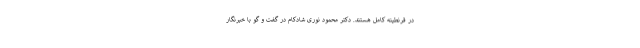
در قرنطینه کامل هستند. دکتر محمود نوری شادکام در گفت و گو با خبرنگار